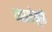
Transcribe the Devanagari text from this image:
व्यग्रतेमुळे